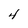
Character: 4